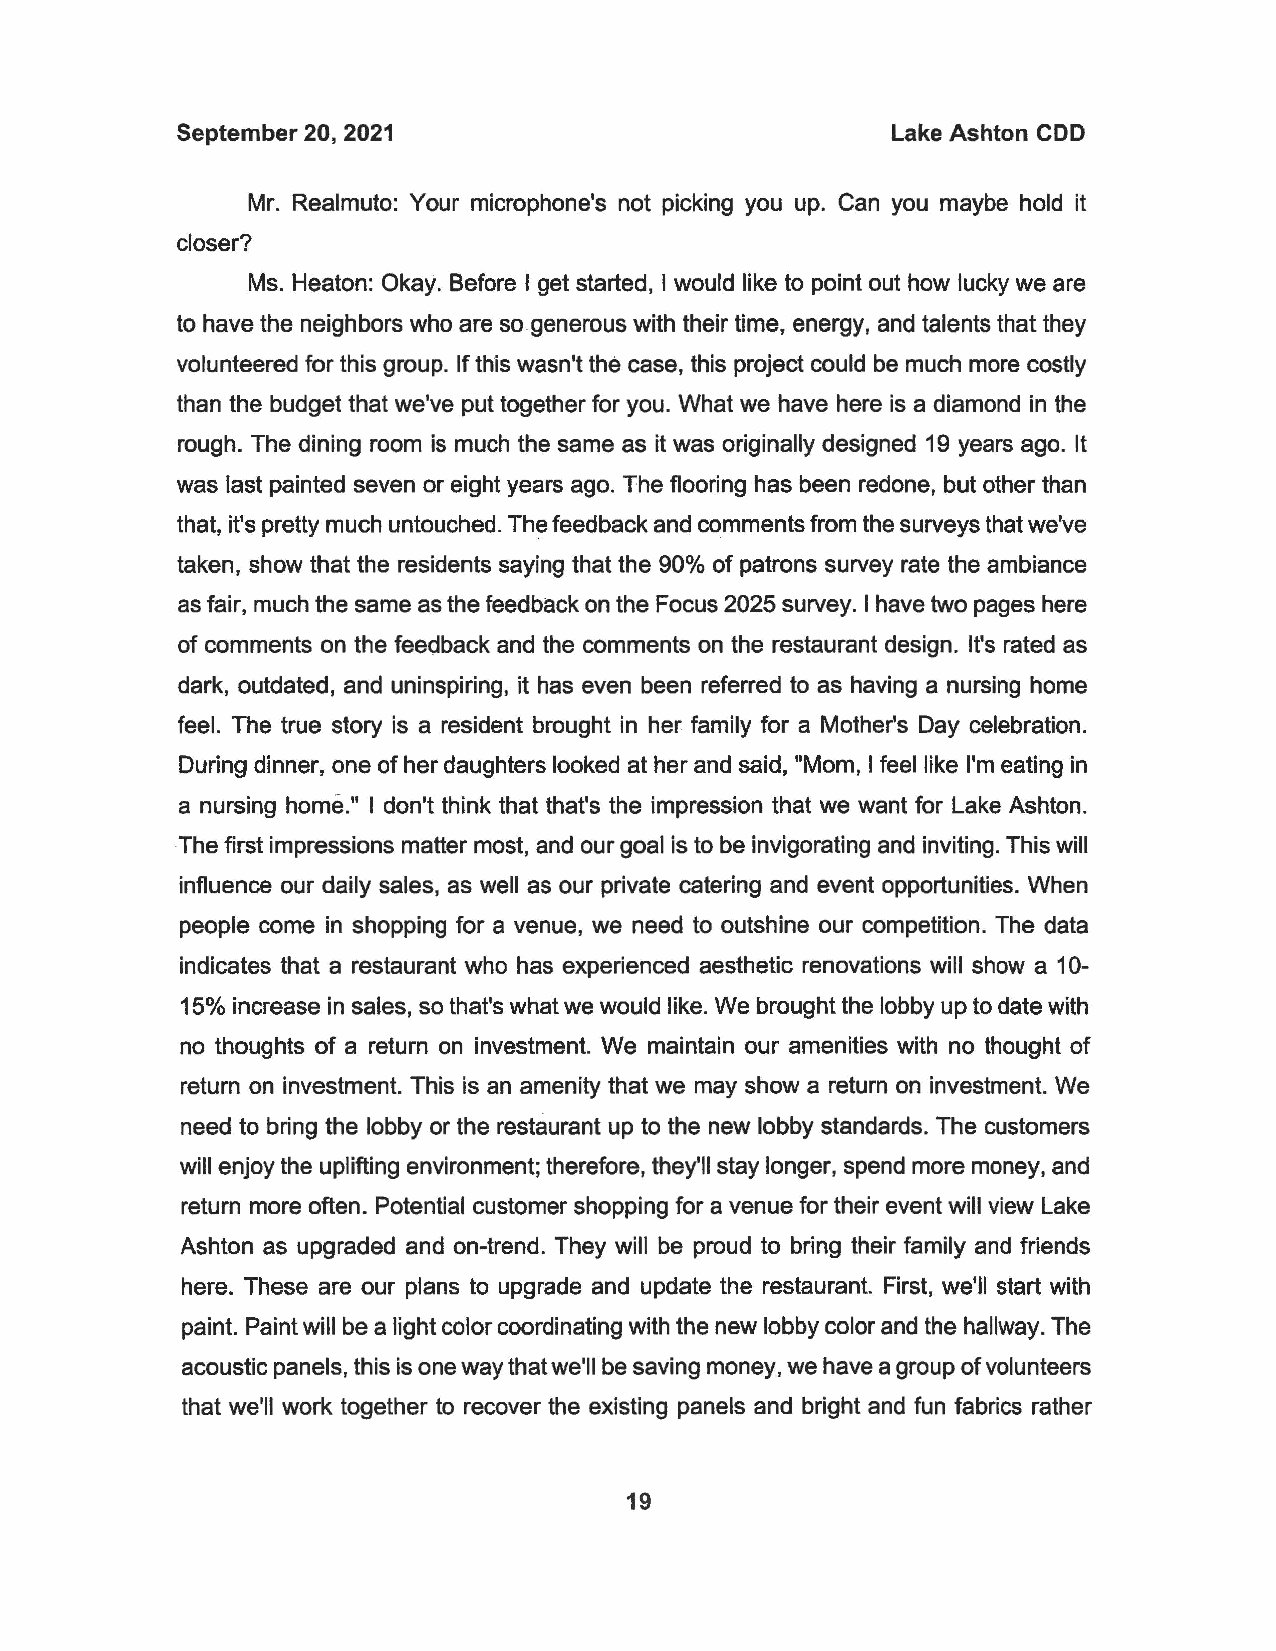
September 20, 2021                             Lake Ashton COD
 Mr. Realmuto: Your microphone's not picking you up. Can you maybe hold it
 closer?
 Ms. Heaton: Okay. Before I get started, I would like to point out how lucky we are
 to have the neighbors who are so generous with their time, energy, and talents that they
 volunteered for this group. If this wasn't the case, this project could be much more costly
 than the budget that we've put together for you. What we have here is a diamond in the
 rough. The dining room is much the same as it was originally designed 19 years ago. It
 was last painted seven or eight years ago. The flooring has been redone, but other than
 that, it's pretty much untouched. The feedback and comments from the surveys that we've
 taken, show that the residents saying that the 90% of patrons survey rate the ambiance
 as fair, much the same as the feedback on the Focus 2025 survey. I have two pages here
 of comments on the feedback and the comments on the restaurant design. It's rated as
 dark, outdated, and uninspiring, it has even been referred to as having a nursing home
 feel. The true story is a resident brought in her family for a Mother's Day celebration.
 During dinner, one of her daughters looked at her and said, "Mom, I feel like I'm eating in
 a nursing home." I don't think that that's the impression that we want for Lake Ashton.
 The first impressions matter most, and our goal is to be invigorating and inviting. This will
 influence our daily sales, as well as our private catering and event opportunities. When
 people come in shopping for a venue, we need to outshine our competition. The data
 indicates that a restaurant who has experienced aesthetic renovations will show a 10-
 15% increase in sales, so that's what we would like. We brought the lobby up to date with
 no thoughts of a return on investment. We maintain our amenities with no thought of
 return on investment. This is an amenity that we may show a return on investment. We
 need to bring the lobby or the restaurant up to the new lobby standards. The customers
 will enjoy the uplifting environment; therefore, they'll stay longer, spend more money, and
 return more often. Potential customer shopping for a venue for their event will view Lake
 Ashton as upgraded and on-trend. They will be proud to bring their family and friends
 here. These are our plans to upgrade and update the restaurant. First, we'll start with
 paint. Paint will be a light color coordinating with the new lobby color and the hallway. The
 acoustic panels, this is one way that we'll be saving money, we have a group of volunteers
 that we'll work together to recover the existing panels and bright and fun fabrics rather
 19